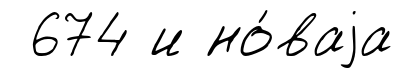
674 и но́ваjа